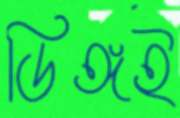
ডিঙ্গই